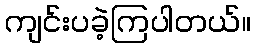
ကျင်းပခဲ့ကြပါတယ်။